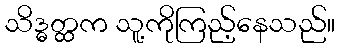
သိဒ္ဓတ္ထက သူ့ကိုကြည့်နေသည်။